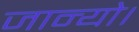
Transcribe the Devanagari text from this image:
जान्यो।